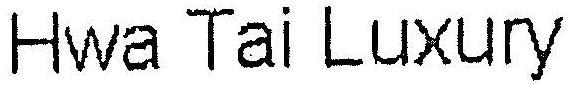
HWA TAI LUXURY